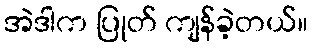
အဲဒါက ပြုတ် ကျန်ခဲ့တယ်။